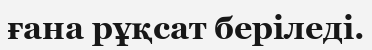
ғана рұқсат беріледі.